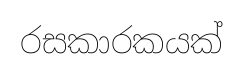
රසකාරකයක්